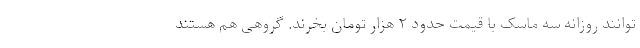
توانند روزانه سه ماسک با قیمت حدود ۲ هزار تومان بخرند. گروهی هم هستند